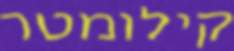
קילומטר